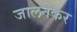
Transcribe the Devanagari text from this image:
जालनेकर